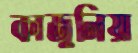
কাজুলিয়া